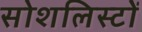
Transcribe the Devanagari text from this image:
सोशलिस्टों